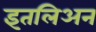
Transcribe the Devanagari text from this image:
इतलिअन